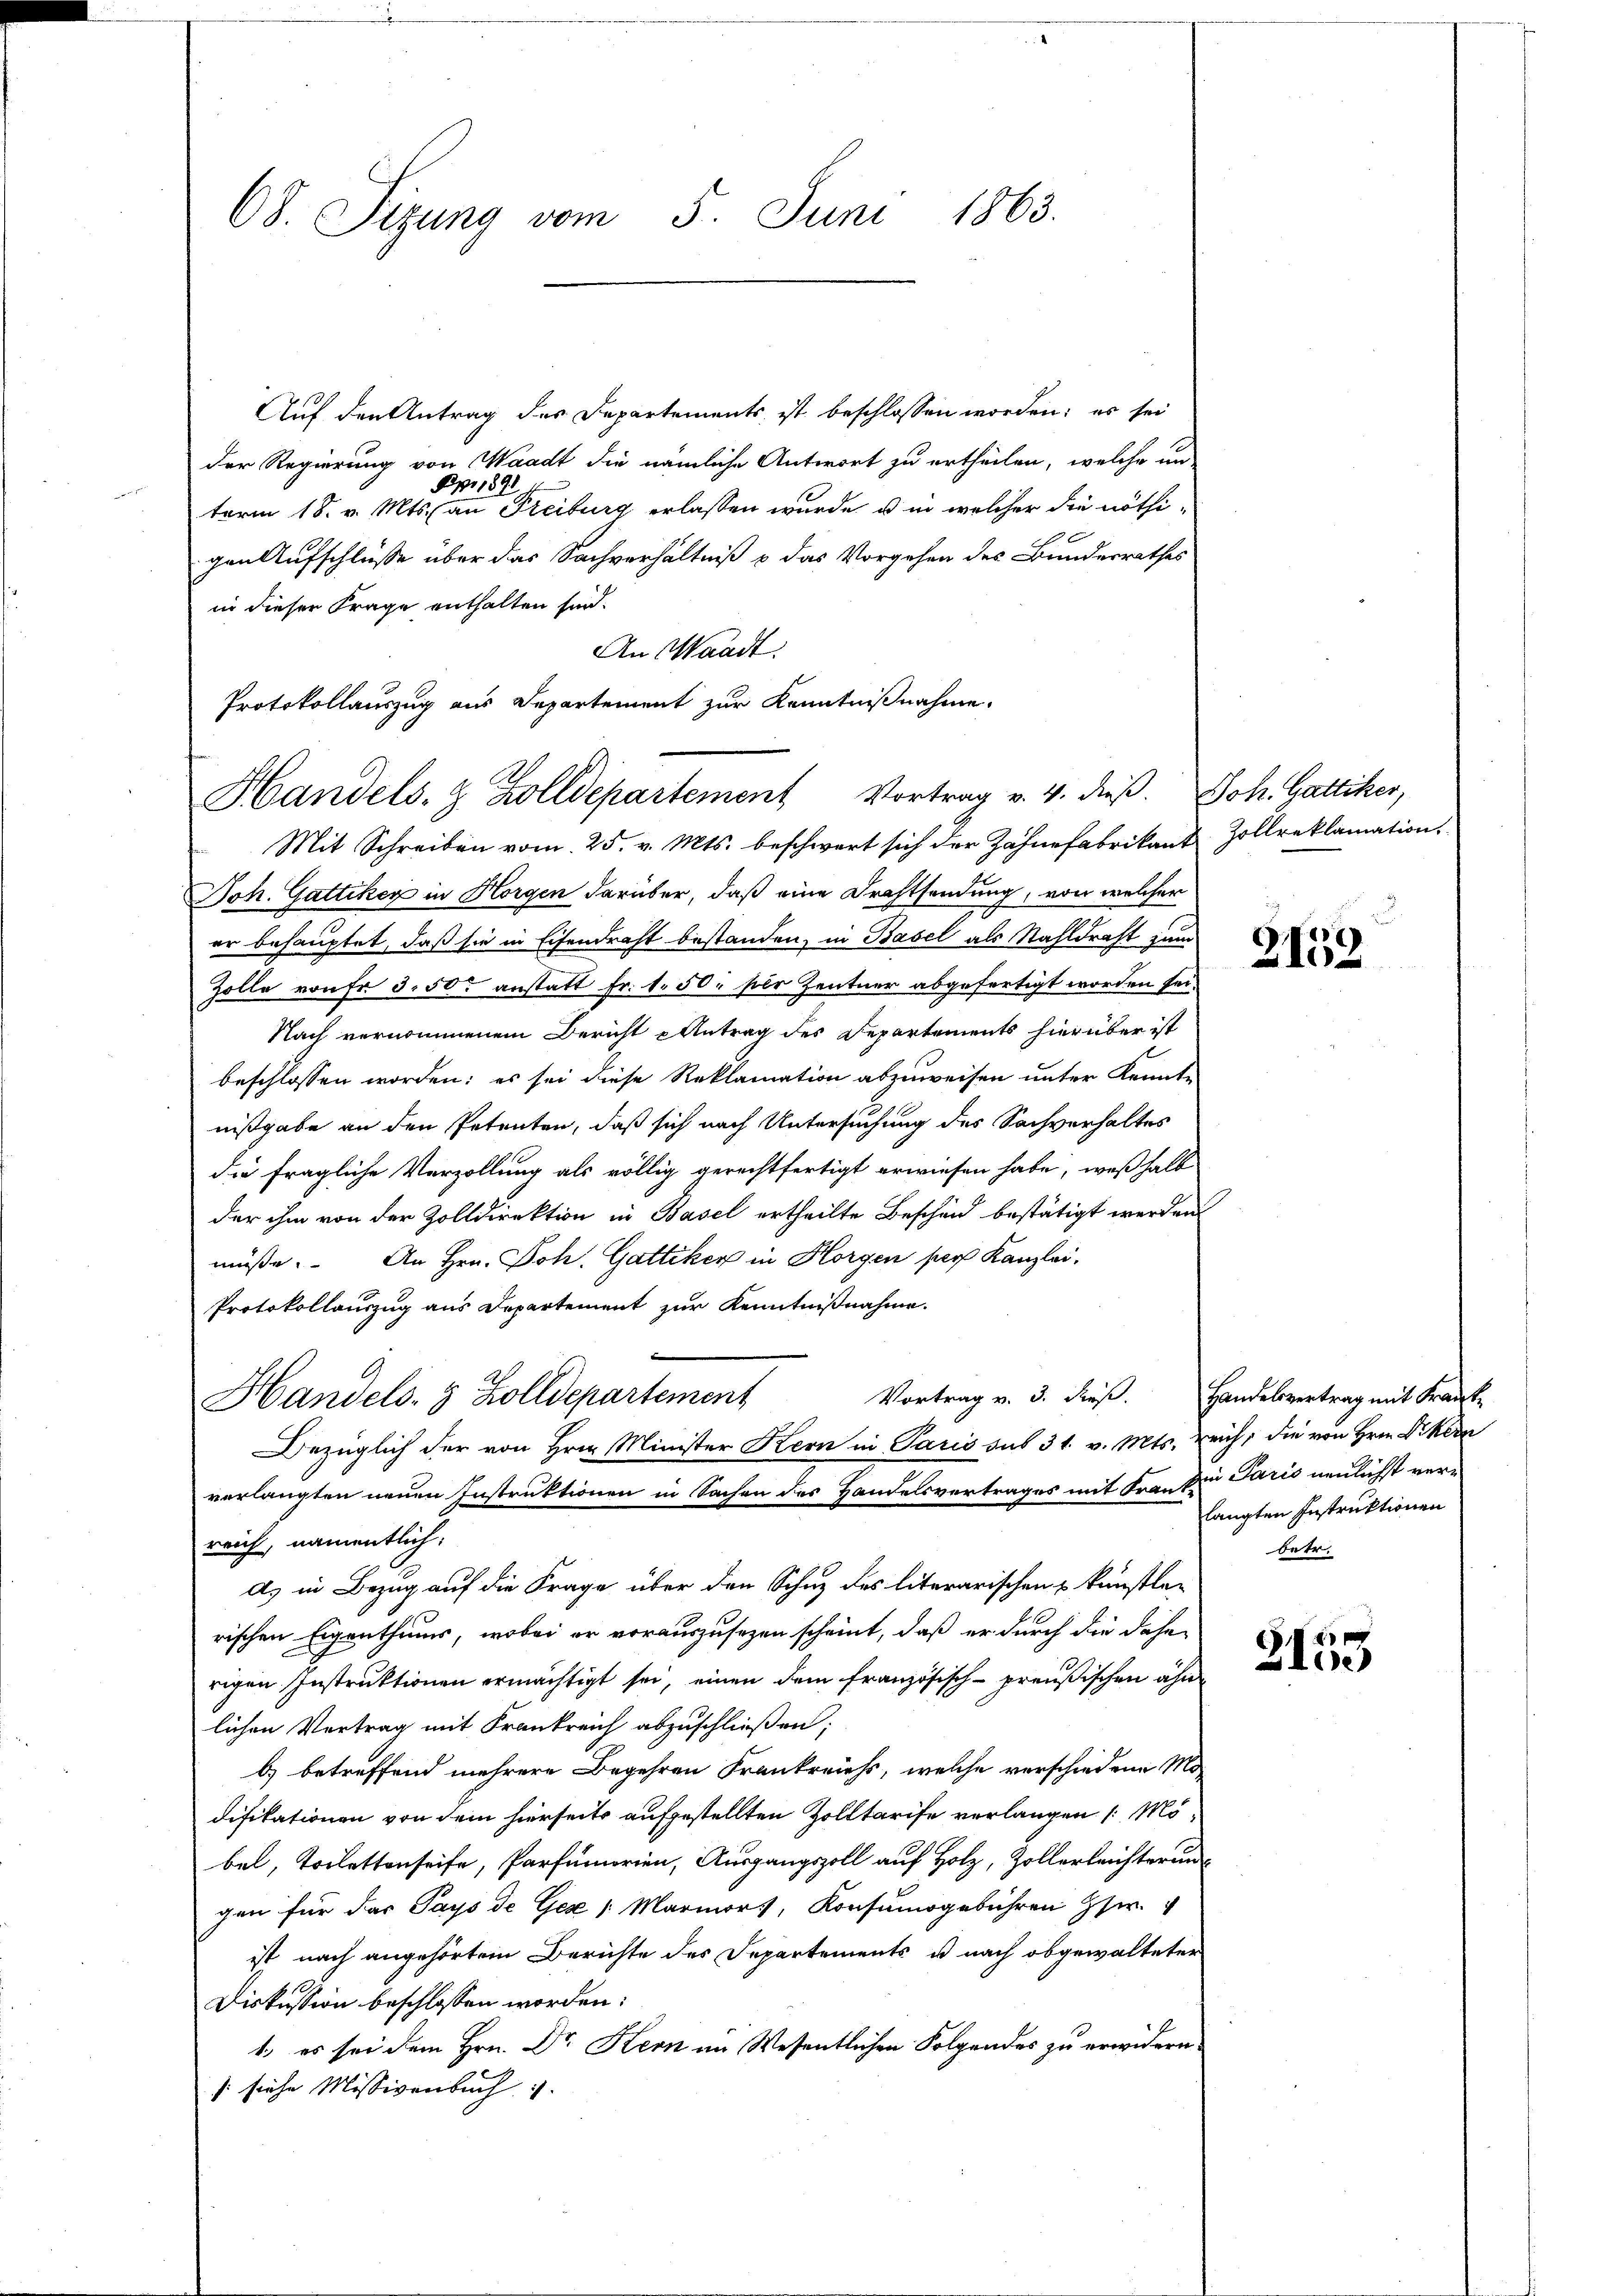
68. Sizung vom 5. Juni 1863.

Auf den Antrag des Departements ist beschlossen worden; es sei
Der Regierung von Waadt die nämliche Antwort zu ertheilen, welche un
Ppr 1891
term 18. v. Mts. an Freiburg erlassen wurde, u in welcher die nöthigen Aufschlüsse über das Sachverhältniß & das Vorgehen des Bundesrathes
in dieser Frage enthalten sind.
An Waadt:
Protokollauszug aus Departement zur Kenntnißnahme.

Handels- & Zolldepartement Vortrag v. 4. dieβ. Joh. Gattiker,

Handels- & Zolldepartement

Mit Schreiben vom 25. v. Mts. beschwert sich der Zahnefabrikant Zollreklamation.
Joh. Gattiker in Horgen darüber, daß eine Drahtsendung, von welcher
er behauptet, daß sie in Eisendraht bestanden, in Basel als Sahldraht zum
Zolle von Fr. 3. 50 anstatt Fr. 1. 50 per Zentner abgefertigt worden sei.
Nach vernommenem Bericht Antrag des Departements hierüber ist
beschlossen worden: es sei diese Reklamation abzuweisen unter Kenntnißgabe an den Petenten, daß sich nach Untersuchung des Sachverhaltes
die fragliche Verzollung als völlig gerechtfertigt erwiesen habe, weßhalb
der ihm von der Zolldirektion in Basel ertheilte Beschen bestätigt werden
müße. An Hrn. Joh. Gattiker in Horgen paar Kanzlei.
Protokollauszug aus Departement zur Kenntnißnahme.
e
verlangten neuen Instruktionen in Sachen des Handelsvertrages mit Franzen Paris neulichst verreich, namentlich,
a) in Bezug auf die Frage über den Schuz des literarischen kunstle-
rischen Eigenthums, wobei er vorauszusezen scheint, daß er durch die dahe
rigen Instruktionen ermächtigt sei, einen dem französisch-preußischen ähn
lichen Vertrag mit Frankreich abzuschließen;
b) betreffend mehrere Begehren Frankreichs, welche verschiedene Ma
difikationen von dem hierseits aufgestellten Zolltarife verlangen /: Möbel, Vorlattenseife, Parfumorien, Ausgangszoll auf Holz, Zollerleichterung
gen für das Pays de Geze (Marmort, Konsumsgebühren Hs.
ist nach angehörtem Berichte des Departements u nach obgewalteter
21
Diskussion beschlossen worden:
1. es sei dem Hrn. Dr Kern an Wesentlichen Folgendes zu erwidern
/ siche Missivenbuch u.

Bezüglich der von Hrn. Minister Kern in Paris sub 31. v. Mts. reich; die von Hrn. Dikern

5
e
210

Vortrag v. 3. dieß. Handelsvertrag mit Kranke
langten Instruktionen
betr.

)
2153